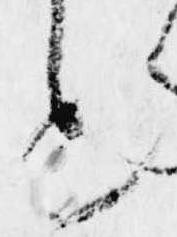
も